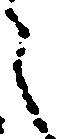
々